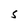
Character: S